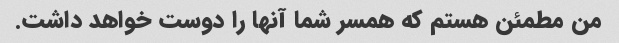
من مطمئن هستم که همسر شما آنها را دوست خواهد داشت.